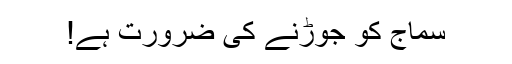
سماج کو جوڑنے کی ضرورت ہے!